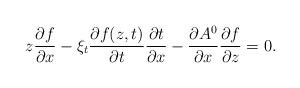
LaTeX: \begin{align*}z\frac{\partial f}{\partial x}-\xi_t\frac{\partial f(z,t)}{\partial t}\frac{\partial t}{\partial x}-\frac{\partial A^0}{\partial x}\frac{\partial f}{\partial z}=0.\end{align*}